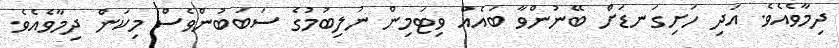
ދިމާވެއެވެ. އަދި ހަށިގަނޑަށް ބޭނުންވާ ބައެއް ވިޓަމިން ނުލިބުމުގެ ސަބަބުންވެސް މިކަން ދިމާވެއެވެ.